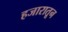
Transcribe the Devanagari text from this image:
हजारातून